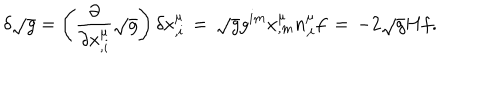
\delta \sqrt { g } = \left( \frac { \partial } { \partial x _ { , i } ^ { \mu } } \sqrt { g } \right) \delta x _ { , i } ^ { \mu } \, = \, \sqrt { g } g ^ { i m } x _ { , m } ^ { \mu } n _ { , i } ^ { \mu } f \, = \, - 2 \sqrt { g } H f .